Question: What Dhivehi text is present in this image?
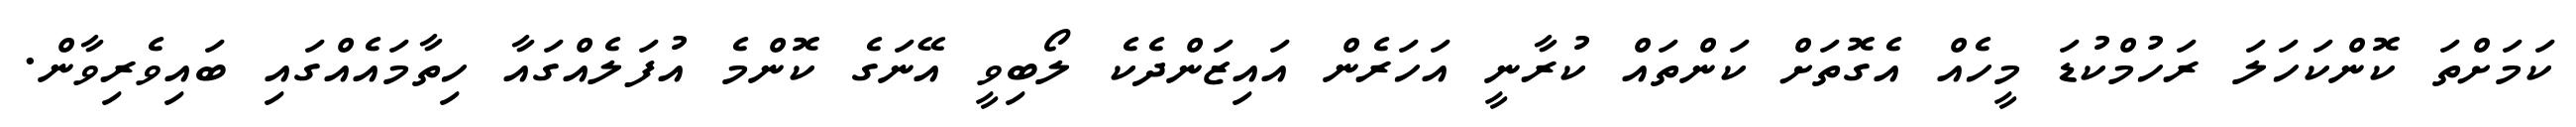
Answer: ކަމަށްތަ ކޮންކަހަލަ ރަހުމްކުޑަ މީހެއް އެގޮތަށް ކަންތައް ކުރާނީ އަހަރެން އައިޒަންދެކެ ލޯބިވީ އޭނަގެ ކޮންމެ އުފަލެއްގައާ ހިތާމައެއްގައި ބައިވެރިވާން.